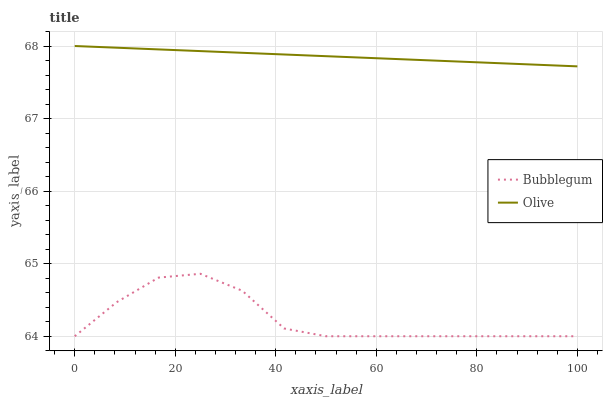
| xaxis_label | Bubblegum | Olive |
 | --- | --- | --- |
 | 0 | 64 | 68 |
 | 8.33 | 64.5 | 68 |
 | 16.7 | 64.8 | 68 |
 | 25 | 64.9 | 67.9 |
 | 33.3 | 64.6 | 67.9 |
 | 41.7 | 64.1 | 67.9 |
 | 50 | 64 | 67.9 |
 | 58.3 | 64 | 67.8 |
 | 66.7 | 64 | 67.8 |
 | 75 | 64 | 67.8 |
 | 83.3 | 64 | 67.8 |
 | 91.7 | 64 | 67.7 |
 | 100 | 64 | 67.7 |